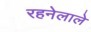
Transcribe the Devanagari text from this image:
रहनेलाले